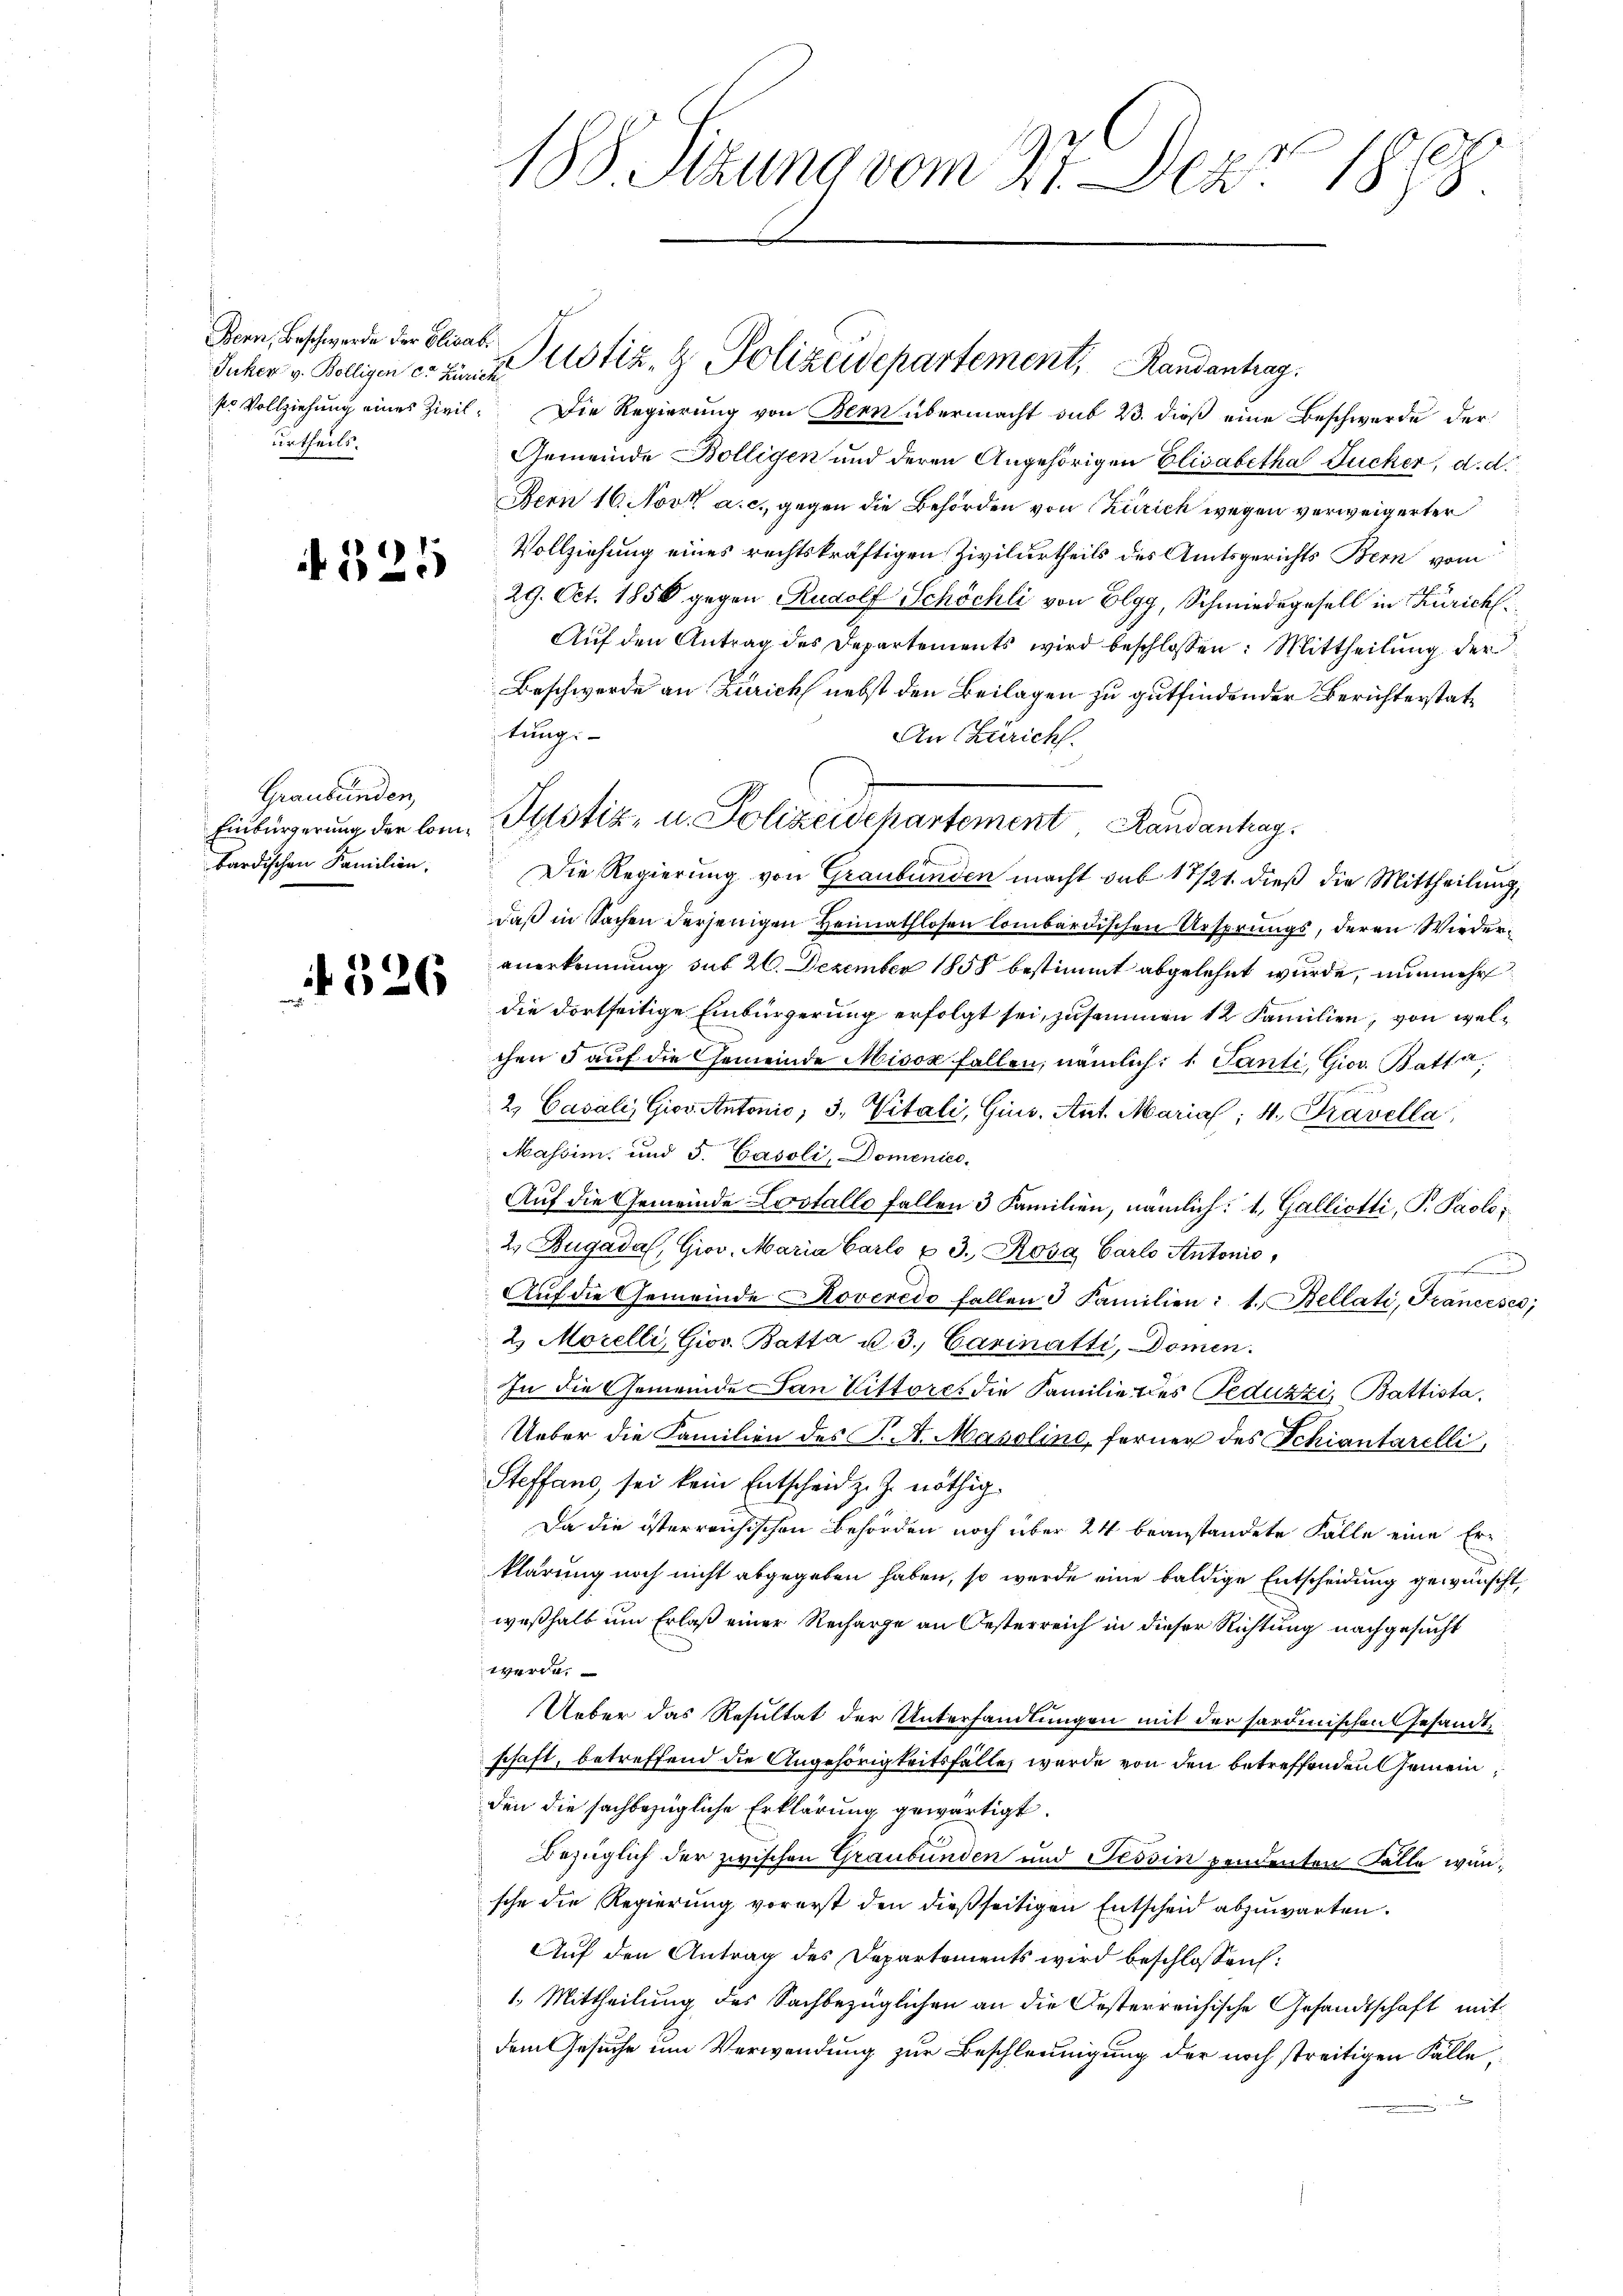
Bern, Beschwerde der Elisab.
Juker v. Bölligen er Zürich
urtheils.

A 325

Graubünden,
Einbürgerung der Combardischen Familien.

526

188. Sizung vom 27. Dez. 1888.

sr Vollziehung eines Zivil. Die Regierung von Bern übermacht sub 23. dieß eine Beschwerde der
Gemeinde Bölligen und deren Angehörigen Elisabetha Jucker, d. d.
Bern 16. Nov. a. c. gegen die Behörden von Zürich wegen verweigerter
Vollziehung eines rechtskräftigen Zivilurtheils des Amtsgerichts Bern vom
29. Oct. 1850 gegen Rudolf Schöchli von Elgg, Schmiedegesell in Zürich¬
Auf den Antrag des Departements wird beschlossen: Mittheilung der
Beschwerde an Zürich nebst den Beilagen zu gutfindender Berichterstatstungs-
An Zürich.
Die Regierung von Graubünden macht sub 17/21. dieß die Mittheilung,
daß in Sachen derjenigen Heimathlosen lombardischen Ursprungs, deren Wiederanerkennung sub 20. Dezember 1858 bestimmt abgelehnt wurde, nunmehr
die dortseitige Einbürgerung erfolgt sei, zusammen 12 Familien, von welchen 5 auf die Gemeinde Misox fallen, nämlich: 1 Tanti, Gior. Batta,
2. Casali, Giov Antonić, 3. Vitali, Gius. Ant. Marial; 4. Travella
Massim. und 5. Casoli, Domenico.
Auf die Gemeinde Lostallo fallen 3 Familien, nämlich: 1. Galliotti, P. Paolos
2. Bugadal, Giov. Maria Carlo u. 3. Rosa Carlo Antonio,
d
Aŭf die Gemeinde Roveredo fallen 3 Familien: 1. Bellati, Francesco,
2. Morelli, Giov. Batta u. 3. Carinatti, Domen.
In die Gemeinde San Littores die Familie des Peduzzi, Battista¬
Ueber die Familien des P. M. Maroline, ferner des Schiantarelli
Steffand, sei kein Entscheid z. Z. nöthig¬
Da die österreichischen Behörden noch über 24 beanstandete Falle eine Erklärung noch nicht abgegeben haben, so werde eine baldige Entscheidung gewünscht,
weßhalb um Erlaß einer Recharge an Oesterreich in dieser Richtung nachgesucht
werde
Ueber das Resultat der Unterhandlungen mit der sardinischen Gesandt
schaft, betreffend die Angehörigkeitsfalle, wurde von den betreffenden Gemeinden die sachbezügliche Erklärung gewärtigt.
Bezüglich der zwischen Graubünden und Tessin pendenten Fälle wünsche die Regierung vorerst den dießseitigen Entscheid abzuwarten.
Auf den Antrag des Departements wird beschlossen:
1. Mittheilung des Sachbezüglichen an die Oesterreichische Gesandtschaft mit
dem Gesuche um Verwendung zur Beschleunigung der noch streitigen Fälle,

Justiz, H. Polizeidepartement, Randantrag.

Justiz- u. Polizeidepartement Randantrag.